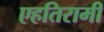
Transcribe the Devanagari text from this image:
एहतिरामी